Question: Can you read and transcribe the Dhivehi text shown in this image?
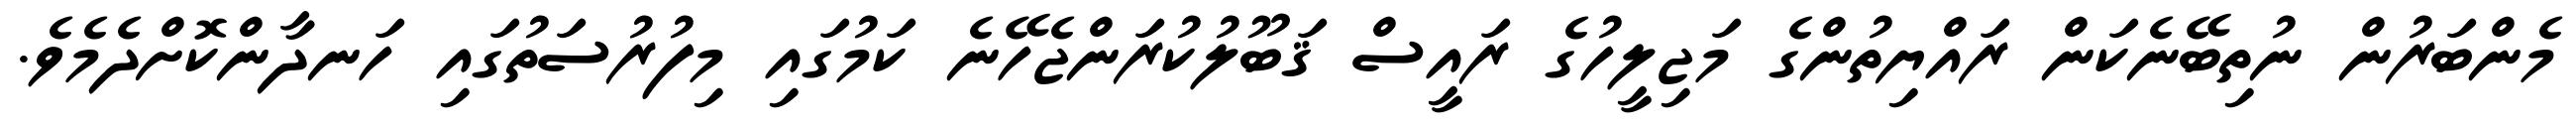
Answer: މެންބަރުން ނުތިބޭނެކަން ރައްޔިތުންގެ މަޖިލީހުގެ ރައީސް ޤަބޫލުކުރަންޖެހޭނެ ކަމުގައި މިފުރުސަތުގައި ހަނދާންކޮށްދެމެވެ.